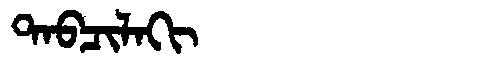
Manchu: ᡨᠠᠪᠴᡳᠯᠠᡴᡳ
Romanization: TABCILAKI